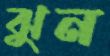
ঝুন